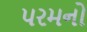
પરમનો